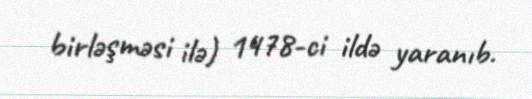
birləşməsi ilə) 1478-ci ildə yaranıb.